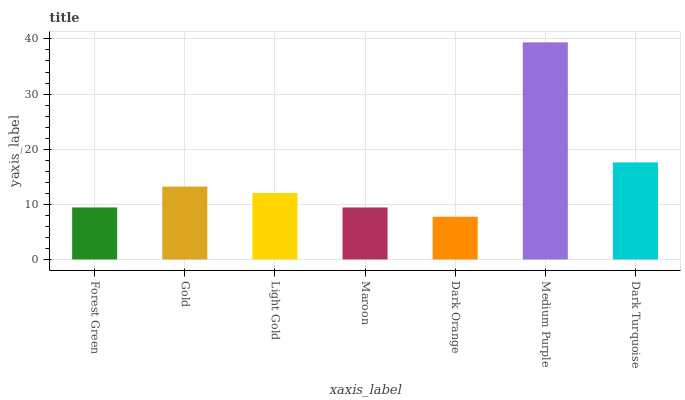
| xaxis_label | bars |
 | --- | --- |
 | Forest Green | 9.43 |
 | Gold | 13.2 |
 | Light Gold | 12.1 |
 | Maroon | 9.43 |
 | Dark Orange | 7.75 |
 | Medium Purple | 39.4 |
 | Dark Turquoise | 17.6 |